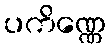
ပကိဏ္ဏေ